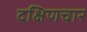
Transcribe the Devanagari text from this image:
दक्षिणचार